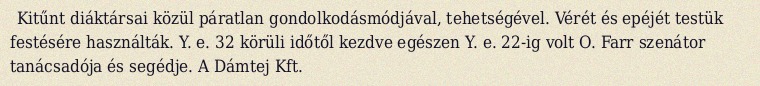
Kitűnt diáktársai közül páratlan gondolkodásmódjával, tehetségével. Vérét és epéjét testük festésére használták. Y. e. 32 körüli időtől kezdve egészen Y. e. 22-ig volt O. Farr szenátor tanácsadója és segédje. A Dámtej Kft.